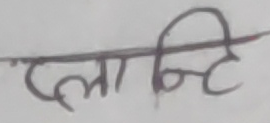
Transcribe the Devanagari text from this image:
प्लान्टि